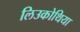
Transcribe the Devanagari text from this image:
लिउकोथिया